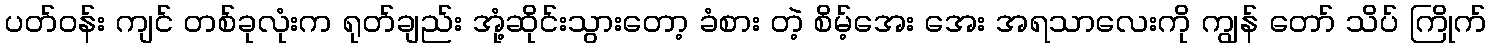
ပတ်ဝန်း ကျင် တစ်ခုလုံးက ရုတ်ချည်း အုံ့ဆိုင်းသွားတော့ ခံစား တဲ့ စိမ့်အေး အေး အရသာလေးကို ကျွန် တော် သိပ် ကြိုက်